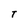
Character: T